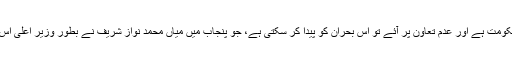
سب سے اہم بات یہ ہے کہ سندھ میں اس کی بلا شرکت غیرے حکومت ہے اور عدم تعاون پر آئے تو اس بحران کو پیدا کر سکتی ہے، جو پنجاب میں میاں محمد نواز شریف نے بطور وزیر اعلیٰ اس وقت کی وزیر اعظم محترمہ بے نظیر بھٹو کے لئے پیدا کیا تھا۔